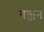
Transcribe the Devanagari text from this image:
बक्कन